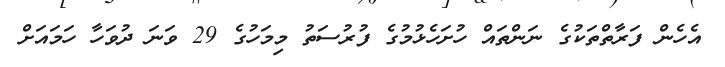
އެހެން ފަރާތްތަކުގެ ނަންތައް ހުށަހެޅުމުގެ ފުރުސަތު މިމަހުގެ 29 ވަނަ ދުވަހާ ހަމައަށް